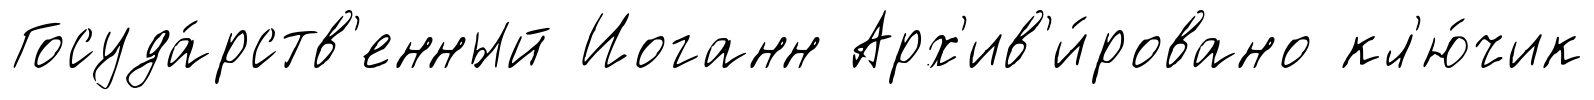
Госуда́рств'енный Иоганн Арх'ив'и́ровано кл'ю́чик